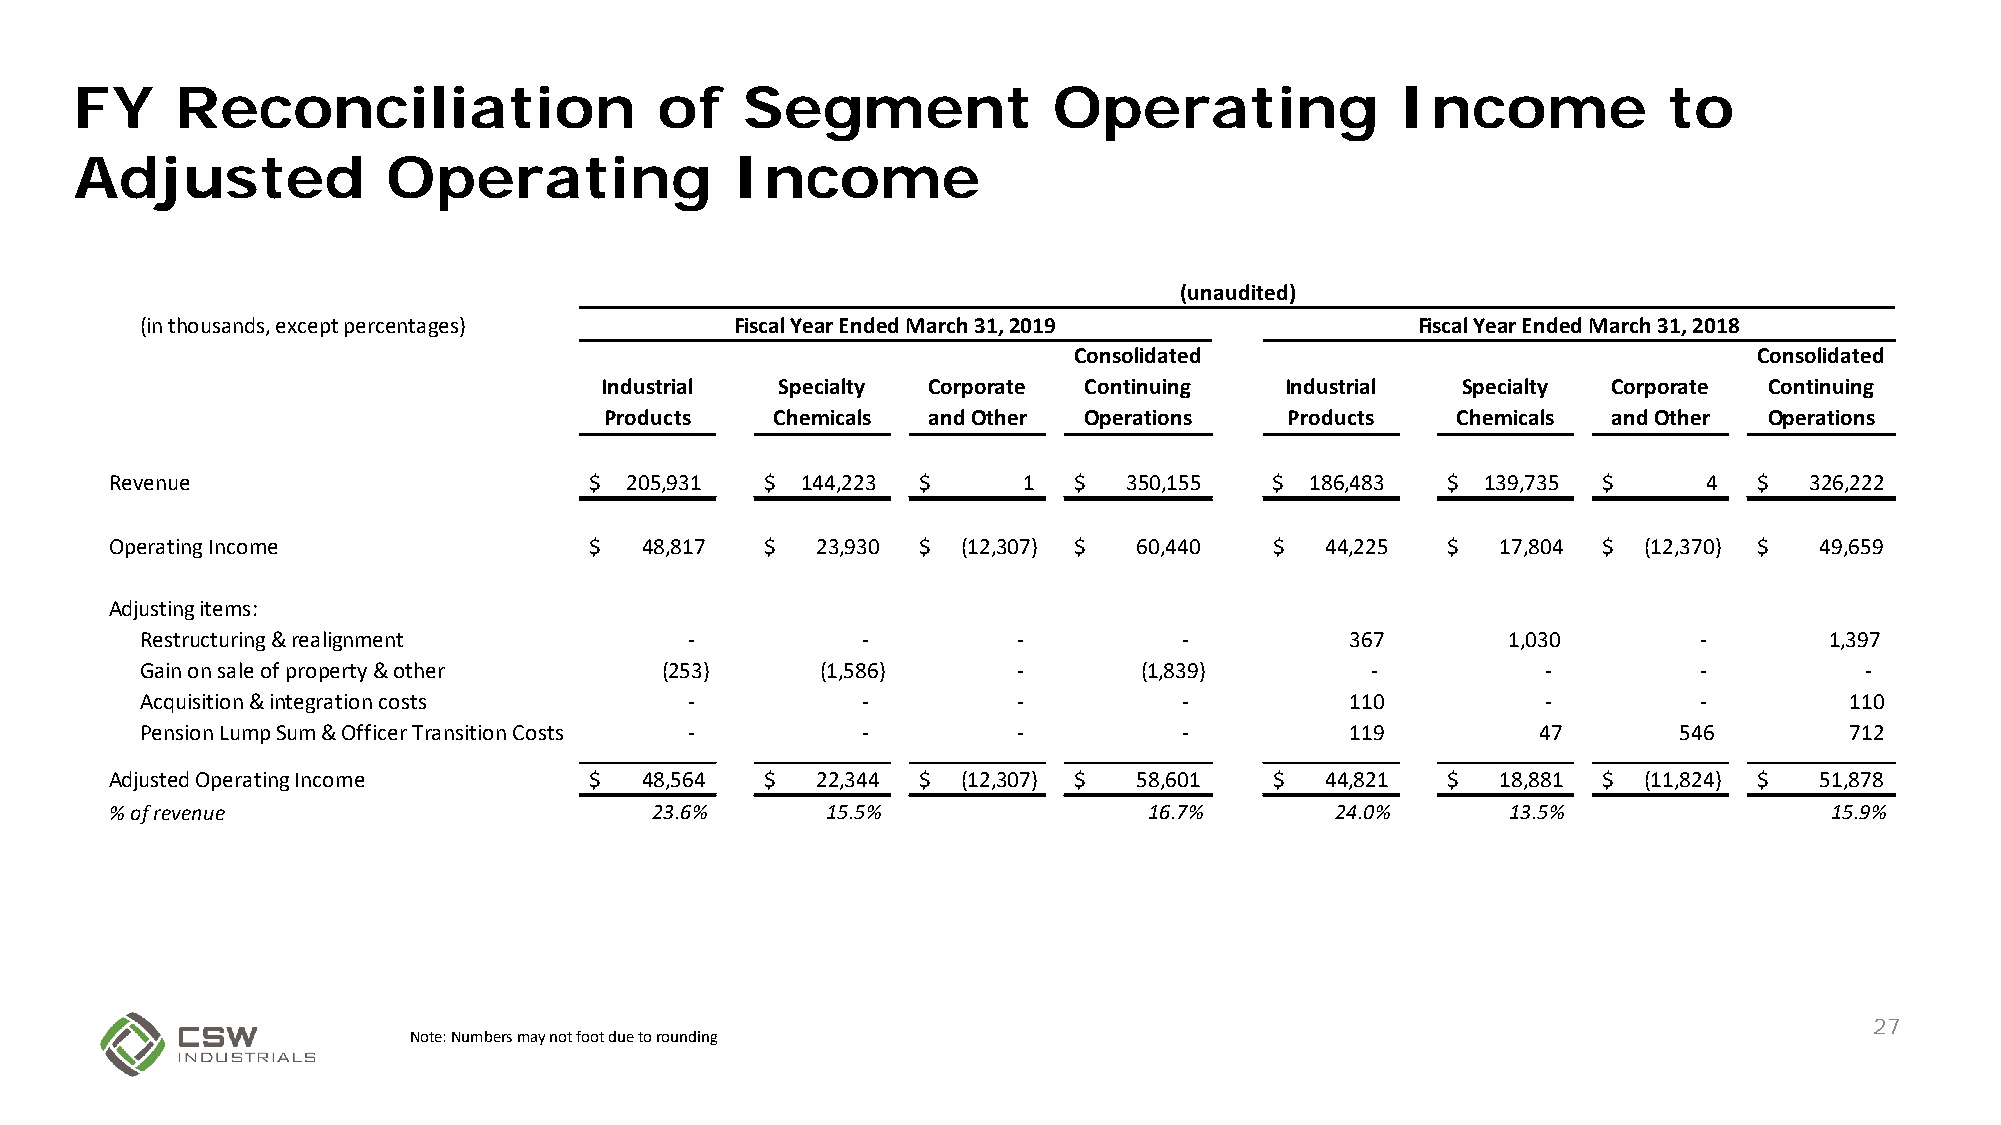
FY     Reconciliation                  of   Segment              Operating              Income           to
 Adjusted             Operating             Income
 (unaudited)
 (in thousands, except percentages)      Fiscal Year Ended March 31, 2019             Fiscal Year Ended March 31, 2018
 Consolidated                                 Consolidated
 Industrial  Specialty Corporate Continuing   Industrial  Specialty Corporate Continuing
 Products   Chemicals and Other  Operations   Products   Chemicals  and Other Operations
 Revenue                         $  205,931  $ 144,223 $      1  $   350,155  $  186,483  $ 139,735 $      4  $   326,222
 Operating Income                $   48,817  $  23,930 $  (12,307) $ 60,440   $   44,225  $  17,804 $  (12,370) $ 49,659
 Adjusting items:
 Restructuring & realignment          -          -         -          -          367        1,030        -       1,397
 Gain on sale of property & other   (253)     (1,586)      -        (1,839)        -          -          -         -
 Acquisition & integration costs      -          -         -          -          110          -          -        110
 Pension Lump Sum & Officer Transition Costs -   -         -          -          119          47       546        712
 Adjusted Operating Income       $   48,564  $  22,344 $  (12,307) $ 58,601   $   44,821  $  18,881 $  (11,824) $ 51,878
 % of revenue                        23.6%       15.5%                16.7%       24.0%       13.5%                15.9%
 27
 Note: Numbers may not foot due to rounding